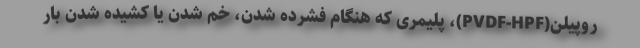
روپیلن(PVDF-HPF)، پلیمری که هنگام فشرده شدن، خم شدن یا کشیده شدن بار